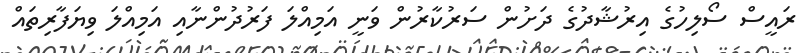
ރައީސް ސޯލިހުގެ އިރުޝާދުގެ ދަށުން ސަރުކާރުން ވަނީ އަމިއްލަ ފަރުދުންނާއި އަމިއްލަ ވިޔަފާރިތައް